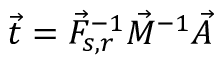
\vec { t } = \vec { F } _ { s , r } ^ { - 1 } \vec { M } ^ { - 1 } \vec { A }